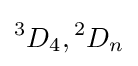
{^{3}}D_{4},{^{2}}D_{n}